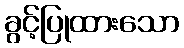
ခွင့်ပြုထားသော